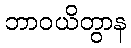
ဘာဝယိတွာန